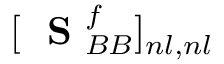
[ \mathrm { ~ \bf ~ S ~ } _ { B B } ^ { f } ] _ { n l , n l }